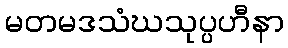
မတမဒသံဃသုပ္ပဟီနာ